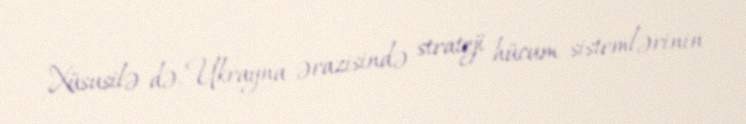
Xüsusilə də, Ukrayna ərazisində strateji hücum sistemlərinin